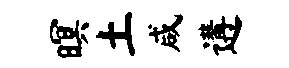
暝土咸遘